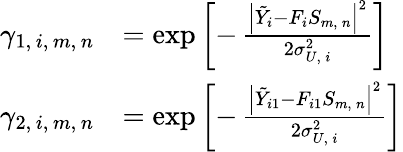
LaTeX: \begin{array}{rl}{\gamma_{1,\, i,\, m,\, n}}&{=\exp\left[-\, \frac{\left|\tilde{Y}_{i}-F_{i}S_{m,\, n}\right|^{2}}{2\sigma_{U,\, i}^{2}}\right]}\\ {\gamma_{2,\, i,\, m,\, n}}&{=\exp\left[-\, \frac{\left|\tilde{Y}_{i1}-F_{i1}S_{m,\, n}\right|^{2}}{2\sigma_{U,\, i}^{2}}\right]}\end{array}